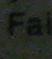
fa